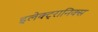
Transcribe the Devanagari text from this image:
इलेक्‍ट्रानिक्स